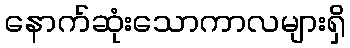
နောက်ဆုံးသောကာလများရှိ